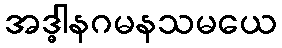
အဒ္ဓါနဂမနသမယေ